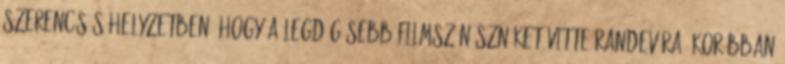
szerencsés helyzetben, hogy a legdögösebb filmszínésznőket vitte randevúra. Korábban